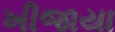
ખીજાયા